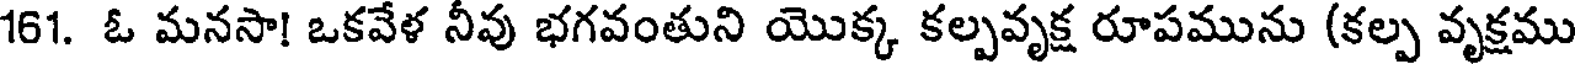
161. ఓ మనసా! ఒకవేళ నీవు భగవంతుని యొక్క కల్పవృక్ష రూపమును (కల్ప వృక్షము